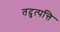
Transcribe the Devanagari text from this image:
तदुत्पत्ति